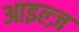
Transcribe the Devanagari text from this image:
आइल्ज़